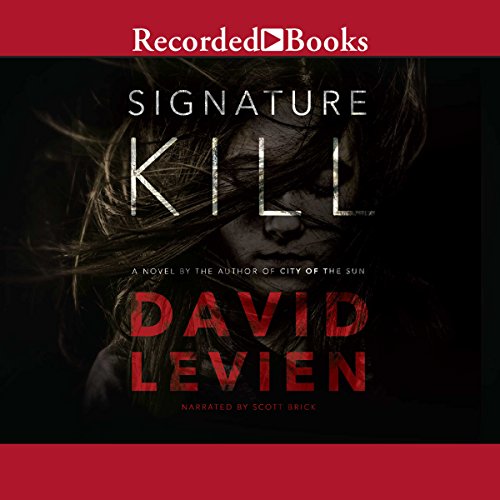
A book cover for Signature Kill; David Levien; Mystery, Thriller & Suspense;